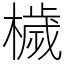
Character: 檅